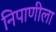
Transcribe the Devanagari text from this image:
निपाणीला